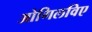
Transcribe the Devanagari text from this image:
ओगिलविए